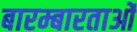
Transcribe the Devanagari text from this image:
बारम्बारताओं